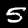
Label: 5